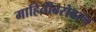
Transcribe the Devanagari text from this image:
माहितीबरोबरच